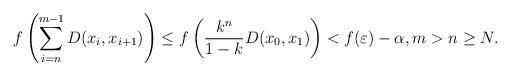
LaTeX: \begin{align*}f\left(\sum_{i=n}^{m-1} D(x_i,x_{i+1})\right)\leq f\left(\frac{k^n}{1-k} D(x_0,x_1)\right)<f(\varepsilon)-\alpha,m>n\geq N.\end{align*}